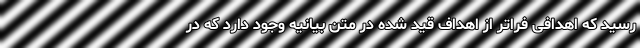
رسید که اهدافی فراتر از اهداف قید شده در متن بیانیه وجود دارد که در